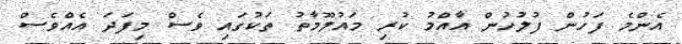
އެންމެ ފަހުން ފުލުހުން އާއްމު ކުރި މައުލޫމާތު ތަކުގައި ވެސް މިފަދަ އެއްވެސް